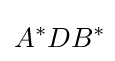
A^{*}DB^{*}\!